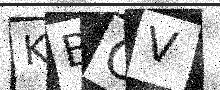
Text: KBOV